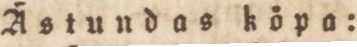
Ästundas köpa: